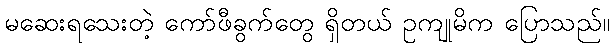
မဆေးရသေးတဲ့ ကော်ဖီခွက်တွေ ရှိတယ် ဥကျုမိက ပြောသည်။